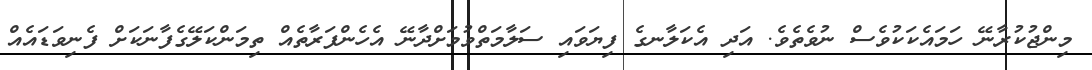
މިންޖުކުރާނޭ ހަމައެކަކުވެސް ނުވެތެވެ. އަދި އެކަލާނގެ ފިޔަވައި ސަލާމަތްވުމަށްދާނޭ އެހެންފަރާތެއް ތިމަންކަލޭގެފާނަކަށް ފެނިވަޑައެއް